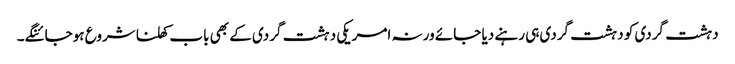
دہشت گردی کو دہشت گردی ہی رہنے دیا جائے ورنہ امریکی دہشت گردی کے بھی باب کھلنا شروع ہوجائنگے۔